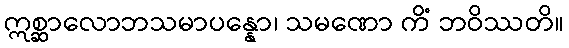
ဣစ္ဆာလောဘသမာပန္နော၊ သမဏော ကိံ ဘဝိဿတိ။